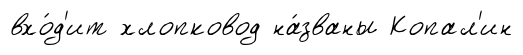
вхо́д'ит хлопковод на́званы Копал'ин